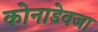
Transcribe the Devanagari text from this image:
कोनाडेवजा